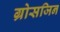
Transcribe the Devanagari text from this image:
ग्रोसजिन